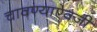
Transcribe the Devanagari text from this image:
चावण्याऐवजी